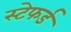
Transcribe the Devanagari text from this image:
स्टेफर्ड